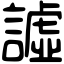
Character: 譃